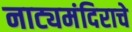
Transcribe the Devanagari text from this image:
नाट्यमंदिराचे